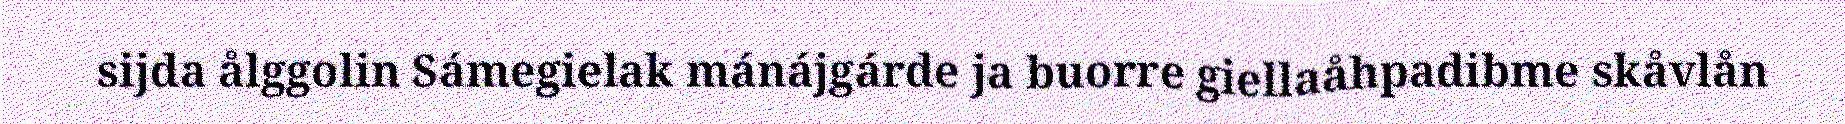
sijda ålggolin Sámegielak mánájgárde ja buorre giellaåhpadibme skåvlån